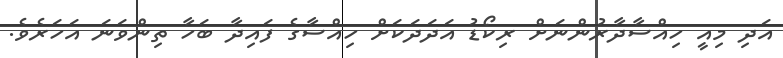
އަދި މިއީ ހިއްސާދާރުންނަށް ރިކޯޑު އަދަދަކަށް ހިއްސާގެ ފައިދާ ބަހާ ތިންވަނަ އަހަރެވެ.